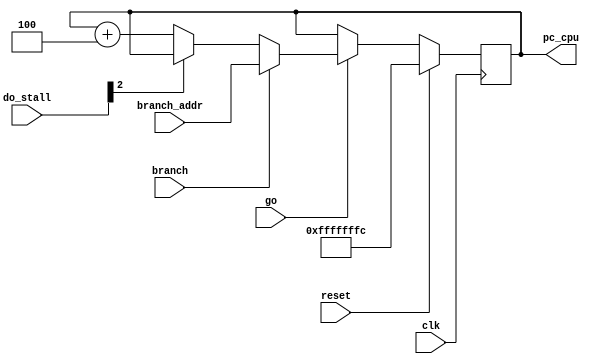
`timescale 1ns / 1ps
//////////////////////////////////////////////////////////////////////////////////
// Company: 
// Engineer: 
// 
// Design Name: 
// Module Name: pc_register
// Project Name: 
// Target Devices: 
// Tool Versions: 
// Description: 
// 
// Dependencies: 
// 
// Revision:
// Revision 0.01 - File Created
// Additional Comments:
// 
//////////////////////////////////////////////////////////////////////////////////


module pc_register(
    input go,

    input clk,
    input reset,
    
    input branch,
    input [31:0] branch_addr,
    
    input [4:0] do_stall,
    
    // output reg [31:0] pc,
    output reg [31:0] pc_cpu
    );

    reg [31:0] pc_local;
    // always @(posedge clk) begin
    //     if(go == 1)begin
    //         if(reset == 1) begin
    //             pc <= 0;
    //             pc_local <= 4;
    //             read_enable_cpu <= 1;
    //         end
    //         else 
    //             if (branch == 1) begin
    //                 pc_local <= branch_addr;
    //                 read_enable_cpu <= 1;
    //             end
    //             if (do_stall[0] == 0) begin
    //                 pc_local <= pc_local + 4;
    //                 pc <= pc_local;
    //                 read_enable_cpu <= 1;
    //         end    
    //     end
    // end
    // always @(posedge clk) begin
    //     if(go == 1) begin
    //         if (branch == 1) begin
    //             pc <= branch_addr;           
    //             pc_cpu <= branch_addr;           
    //             read_enable_cpu <= 1;
    //         end
    //         read_enable_cpu <= 1;
    //         pc <= prev_pc; 
    //         pc_cpu <= prev_pc; 
    //     end
    // end

    always @(posedge clk) begin
        if(reset == 1) begin
            pc_local <= -4;
        end
        else if (go == 1) begin
            if (branch == 1) begin
                pc_local <= branch_addr;
            end
            else if(do_stall[2] == 1) begin
                pc_local <= pc_local;
            end
            else begin
                pc_local <= pc_local + 4;
            end
        end
    end

    always @(*) begin
        // pc = pc_local;
        pc_cpu = pc_local;
    end
endmodule